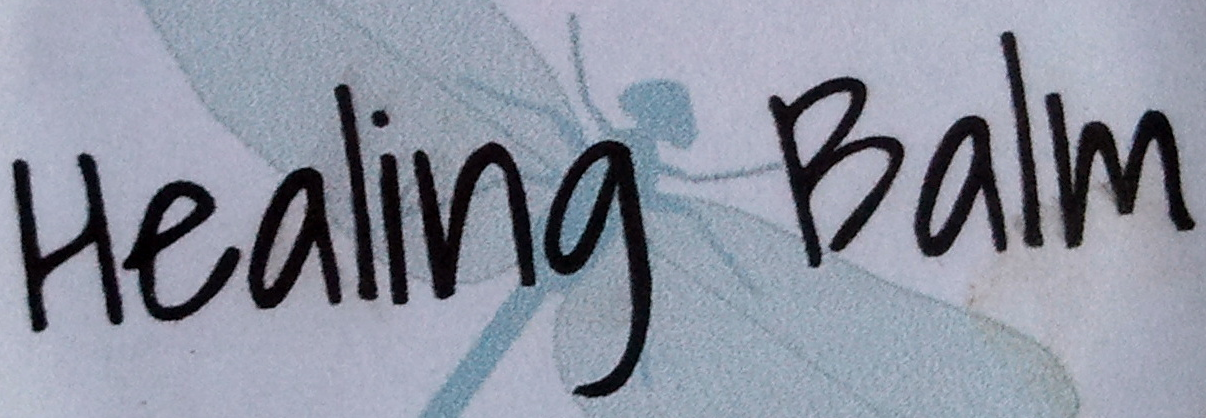
Healing Balm